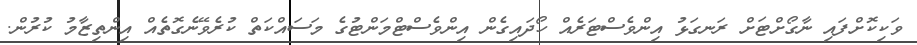
ވަކިކޮށްފައި ނާގޯށްޓަށް ރަނގަޅު އިންވެސްޓަރެއް ހޯދައިގެން އިންވެސްޓްމަންޓުގެ މަސައްކަތް ކުރެވޭނެގޮތެއް އިންތިޒާމު ކުރުން.